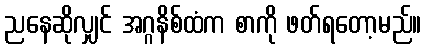
ညနေဆိုလျှင် အဂ္ဂနိစ်ထံက စာကို ဖတ်ရတော့မည်။